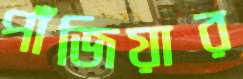
পাঁজিয়ার